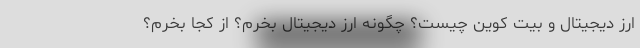
ارز دیجیتال و بیت کوین چیست؟ چگونه ارز دیجیتال بخرم؟ از کجا بخرم؟